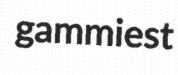
gammiest